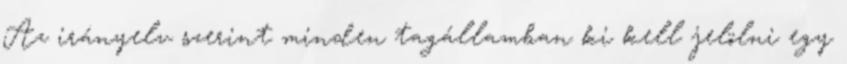
Az irányelv szerint minden tagállamban ki kell jelölni egy